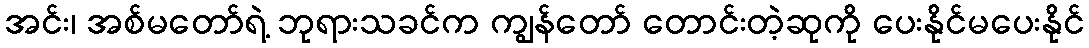
အင်း၊ အစ်မတော်ရဲ့ ဘုရားသခင်က ကျွန်တော် တောင်းတဲ့ဆုကို ပေးနိုင်မပေးနိုင်